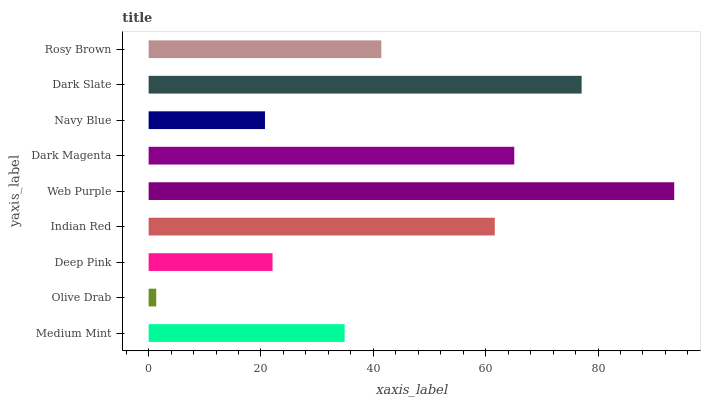
| yaxis_label | bars |
 | --- | --- |
 | Medium Mint | 34.9 |
 | Olive Drab | 1.35 |
 | Deep Pink | 22.1 |
 | Indian Red | 61.6 |
 | Web Purple | 93.6 |
 | Dark Magenta | 65.1 |
 | Navy Blue | 20.7 |
 | Dark Slate | 77.1 |
 | Rosy Brown | 41.4 |